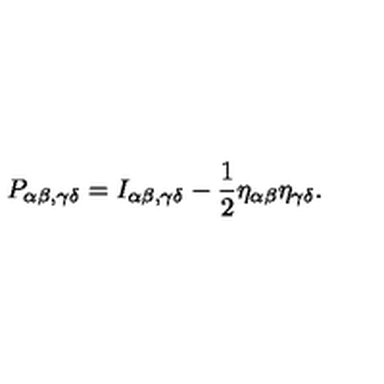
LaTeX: { P _ { \alpha \beta , \gamma \delta } = I _ { \alpha \beta , \gamma \delta } - \frac { 1 } { 2 } \eta _ { \alpha \beta } \eta _ { \gamma \delta } . }